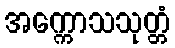
အက္ကောသသုတ္တံ